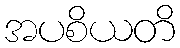
အပစိယတိ